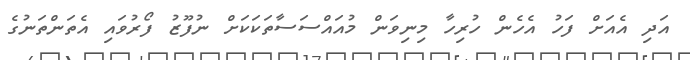
އަދި އެއަށް ފަހު އެހެން ހުރިހާ މިނިވަން މުއައްސަސާތަކަކަށް ނުފޫޒު ފޯރުވައި އެތަންތަނުގެ